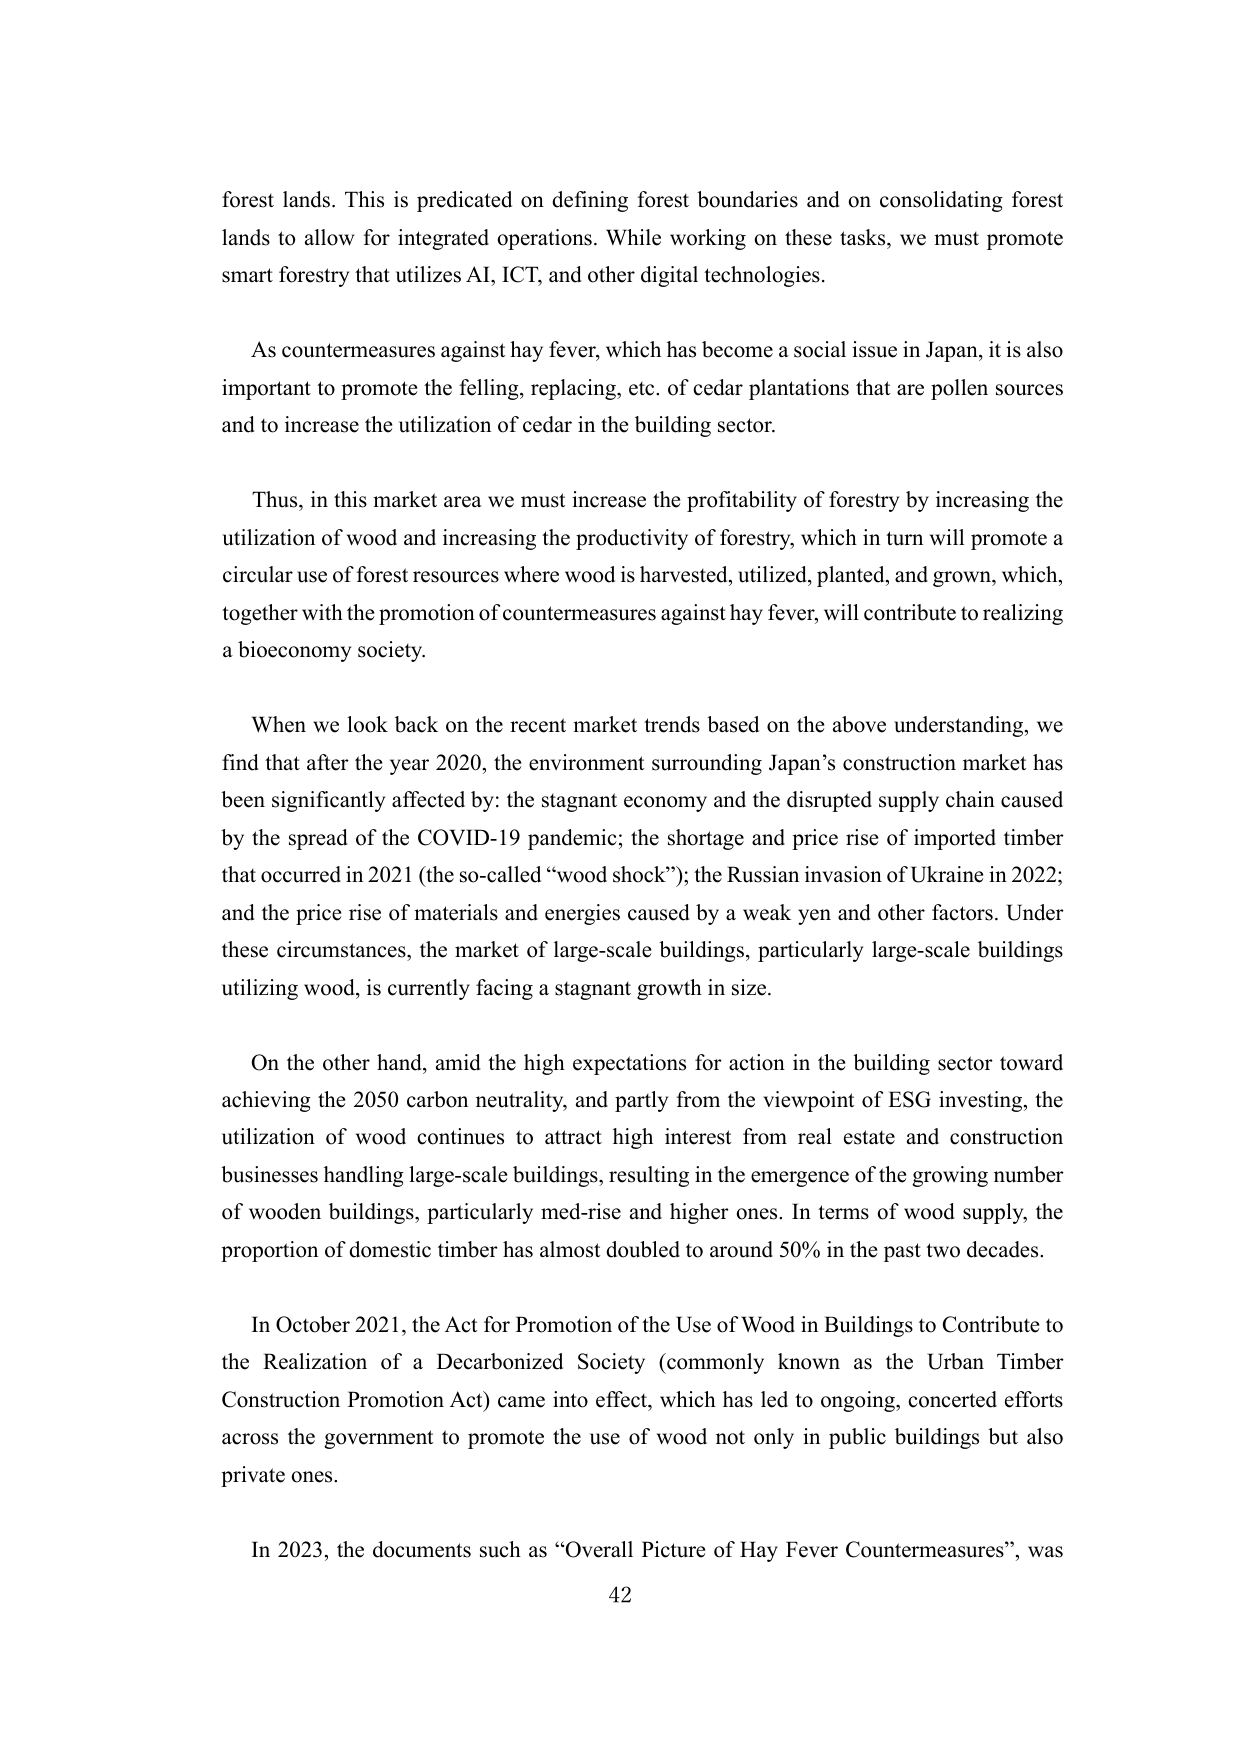
forest lands. This is predicated on defining forest boundaries and on consolidating forest lands to allow for integrated operations. While working on these tasks, we must promote smart forestry that utilizes AI, ICT, and other digital technologies.

As countermeasures against hay fever, which has become a social issue in Japan, it is also important to promote the felling, replacing, etc. of cedar plantations that are pollen sources and to increase the utilization of cedar in the building sector.

Thus, in this market area we must increase the profitability of forestry by increasing the utilization of wood and increasing the productivity of forestry, which in turn will promote a circular use of forest resources where wood is harvested, utilized, planted, and grown, which, together with the promotion of countermeasures against hay fever, will contribute to realizing a bioeconomy society.

When we look back on the recent market trends based on the above understanding, we find that after the year 2020, the environment surrounding Japan’s construction market has been significantly affected by: the stagnant economy and the disrupted supply chain caused by the spread of the COVID-19 pandemic; the shortage and price rise of imported timber that occurred in 2021 (the so-called “wood shock”); the Russian invasion of Ukraine in 2022; and the price rise of materials and energies caused by a weak yen and other factors. Under these circumstances, the market of large-scale buildings, particularly large-scale buildings utilizing wood, is currently facing a stagnant growth in size.

On the other hand, amid the high expectations for action in the building sector toward achieving the 2050 carbon neutrality, and partly from the viewpoint of ESG investing, the utilization of wood continues to attract high interest from real estate and construction businesses handling large-scale buildings, resulting in the emergence of the growing number of wooden buildings, particularly med-rise and higher ones. In terms of wood supply, the proportion of domestic timber has almost doubled to around 50% in the past two decades.

In October 2021, the Act for Promotion of the Use of Wood in Buildings to Contribute to the Realization of a Decarbonized Society (commonly known as the Urban Timber Construction Promotion Act) came into effect, which has led to ongoing, concerted efforts across the government to promote the use of wood not only in public buildings but also private ones.

In 2023, the documents such as “Overall Picture of Hay Fever Countermeasures”, was

42